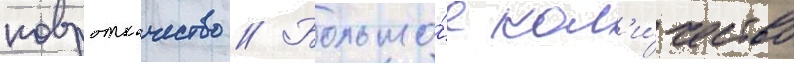
ковроткачество // Большо́е кол'и́чество